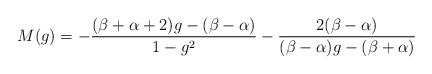
\begin{align*}M(g)=-\frac{(\beta+\alpha+2)g-(\beta-\alpha)}{1-g^2}-\frac{2(\beta-\alpha)}{(\beta-\alpha)g-(\beta+\alpha)}\end{align*}